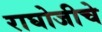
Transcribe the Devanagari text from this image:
राघोजीचे